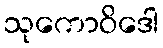
သုကောဝိဒေါ